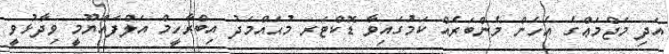
އަދި މަޖްމަޢްގެ އެހެން މެންބަރެއް ކަމުގައިވާ ޑޮކްޓަރ މުޙައްމަދު އިބްރާހީމް އަލްފައްޔޫމީ ވިދާޅުވީ